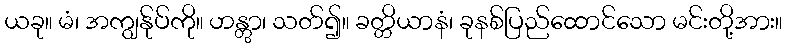
ယခု။ မံ၊ အကျွန်ုပ်ကို။ ဟန္တွာ၊ သတ်၍။ ခတ္တိယာနံ၊ ခုနစ်ပြည်ထောင်သော မင်းတို့အား။